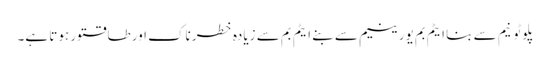
پلوٹونیم سے بنا ایٹم بم یورینیم سے بنے ایٹم بم سے زیادہ خطرناک اور طاقتور ہوتا ہے۔